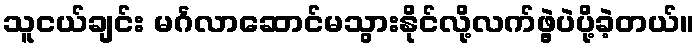
သူငယ်ချင်း မင်္ဂလာဆောင်မသွားနိုင်လို့လက်ဖွဲ့ပဲပို့ခဲ့တယ်။